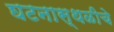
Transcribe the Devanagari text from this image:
घटनास्थळीचे